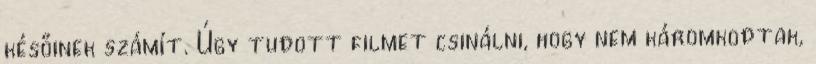
későinek számít. Úgy tudott filmet csinálni, hogy nem káromkodtak,